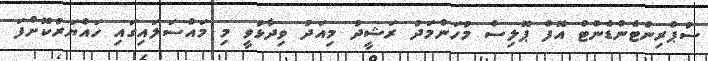
ސުޕްރިންޓެންޑެންޓް އޮފް ޕޮލިސް މުހަންމަދު ރަޝީދު މިއަދު ވިދާޅުވީ މި މައްސަލައިގައި ހައްޔަރުކޮށްފަ